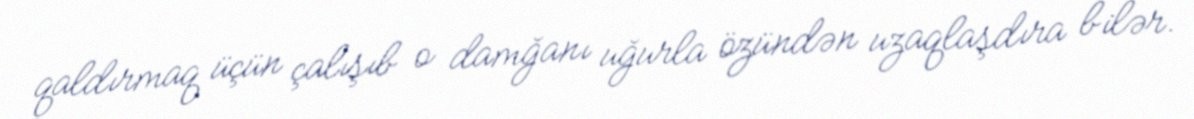
qaldırmaq üçün çalışıb o damğanı uğurla özündən uzaqlaşdıra bilər.